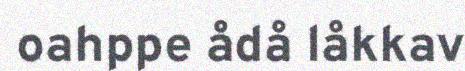
oahppe ådå låkkav